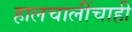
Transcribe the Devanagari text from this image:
हालचालींचाही